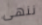
ننهى